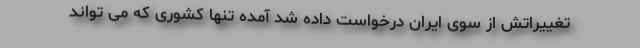
تغییراتش از سوی ایران درخواست داده شد آمده تنها کشوری که می تواند